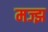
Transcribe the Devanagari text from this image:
मज्झ